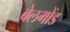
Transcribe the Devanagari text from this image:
बेलगोंड